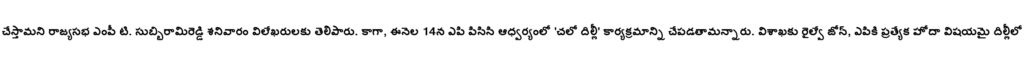
చేస్తామని రాజ్యసభ ఎంపీ టి. సుబ్బిరామిరెడ్డి శనివారం విలేఖరులకు తెలిపారు. కాగా, ఈనెల 14న ఎపి పిసిసి ఆధ్వర్యంలో 'చలో దిల్లీ' కార్యక్రమాన్ని చేపడతామన్నారు. విశాఖకు రైల్వే జోన్, ఎపికి ప్రత్యేక హోదా విషయమై దిల్లీలో